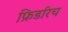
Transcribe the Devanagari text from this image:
फ्रिडरिच